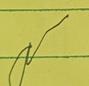
Signature authenticity: genuine